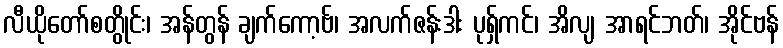
လီယိုတော်စတွိုင်း၊ အန်တွန် ချက်ကော့ဗ်၊ အလက်ဇန်းဒါး ပုရှ်ကင်၊ အိလျ အာရင်ဘတ်၊ အိုင်ဗန်